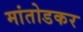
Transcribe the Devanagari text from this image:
मांतोडकर